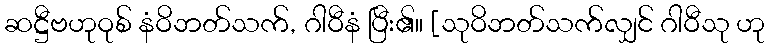
ဆဋ္ဌီဗဟုဝုစ် နံဝိဘတ်သက်, ဂါဝီနံ ပြီး၏။ [သုဝိဘတ်သက်လျှင် ဂါဝီသု ဟု